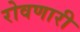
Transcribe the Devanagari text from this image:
रोवणारी